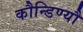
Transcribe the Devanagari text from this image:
कौन्डिण्यौ